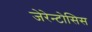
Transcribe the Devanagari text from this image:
जेरेन्टोसिस